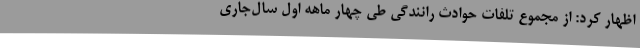
اظهار کرد: از مجموع تلفات حوادث رانندگی طی چهار ماهه اول سال‌جاری